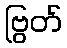
ဗြွတ်